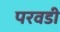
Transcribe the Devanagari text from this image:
परवडी